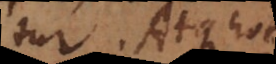
ur. Atque hoc